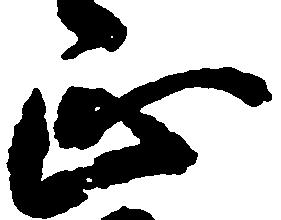
正